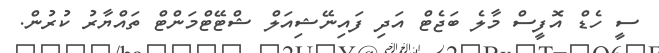
ސީ ހެޑް އޮފީސް މާލެ ބަޖެޓް އަދި ފައިނޭޝިއަލް ޝްޓޭޓްމަންޓް ތައްޔާރު ކުރުން.